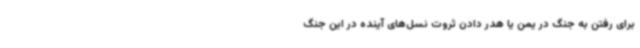
برای رفتن به جنگ در یمن یا هدر دادن ثروت نسل‌های آینده در این جنگ